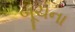
બૂચના